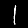
Label: 1